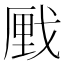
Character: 𮲌